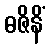
ဓဇိနိံ